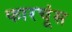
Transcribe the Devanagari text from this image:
फारचूंस